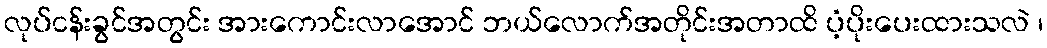
လုပ်ငန်းခွင်အတွင်း အားကောင်းလာအောင် ဘယ်လောက်အတိုင်းအတာထိ ပံ့ပိုးပေးထားသလဲ ၊